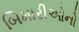
બિમારીઓનો